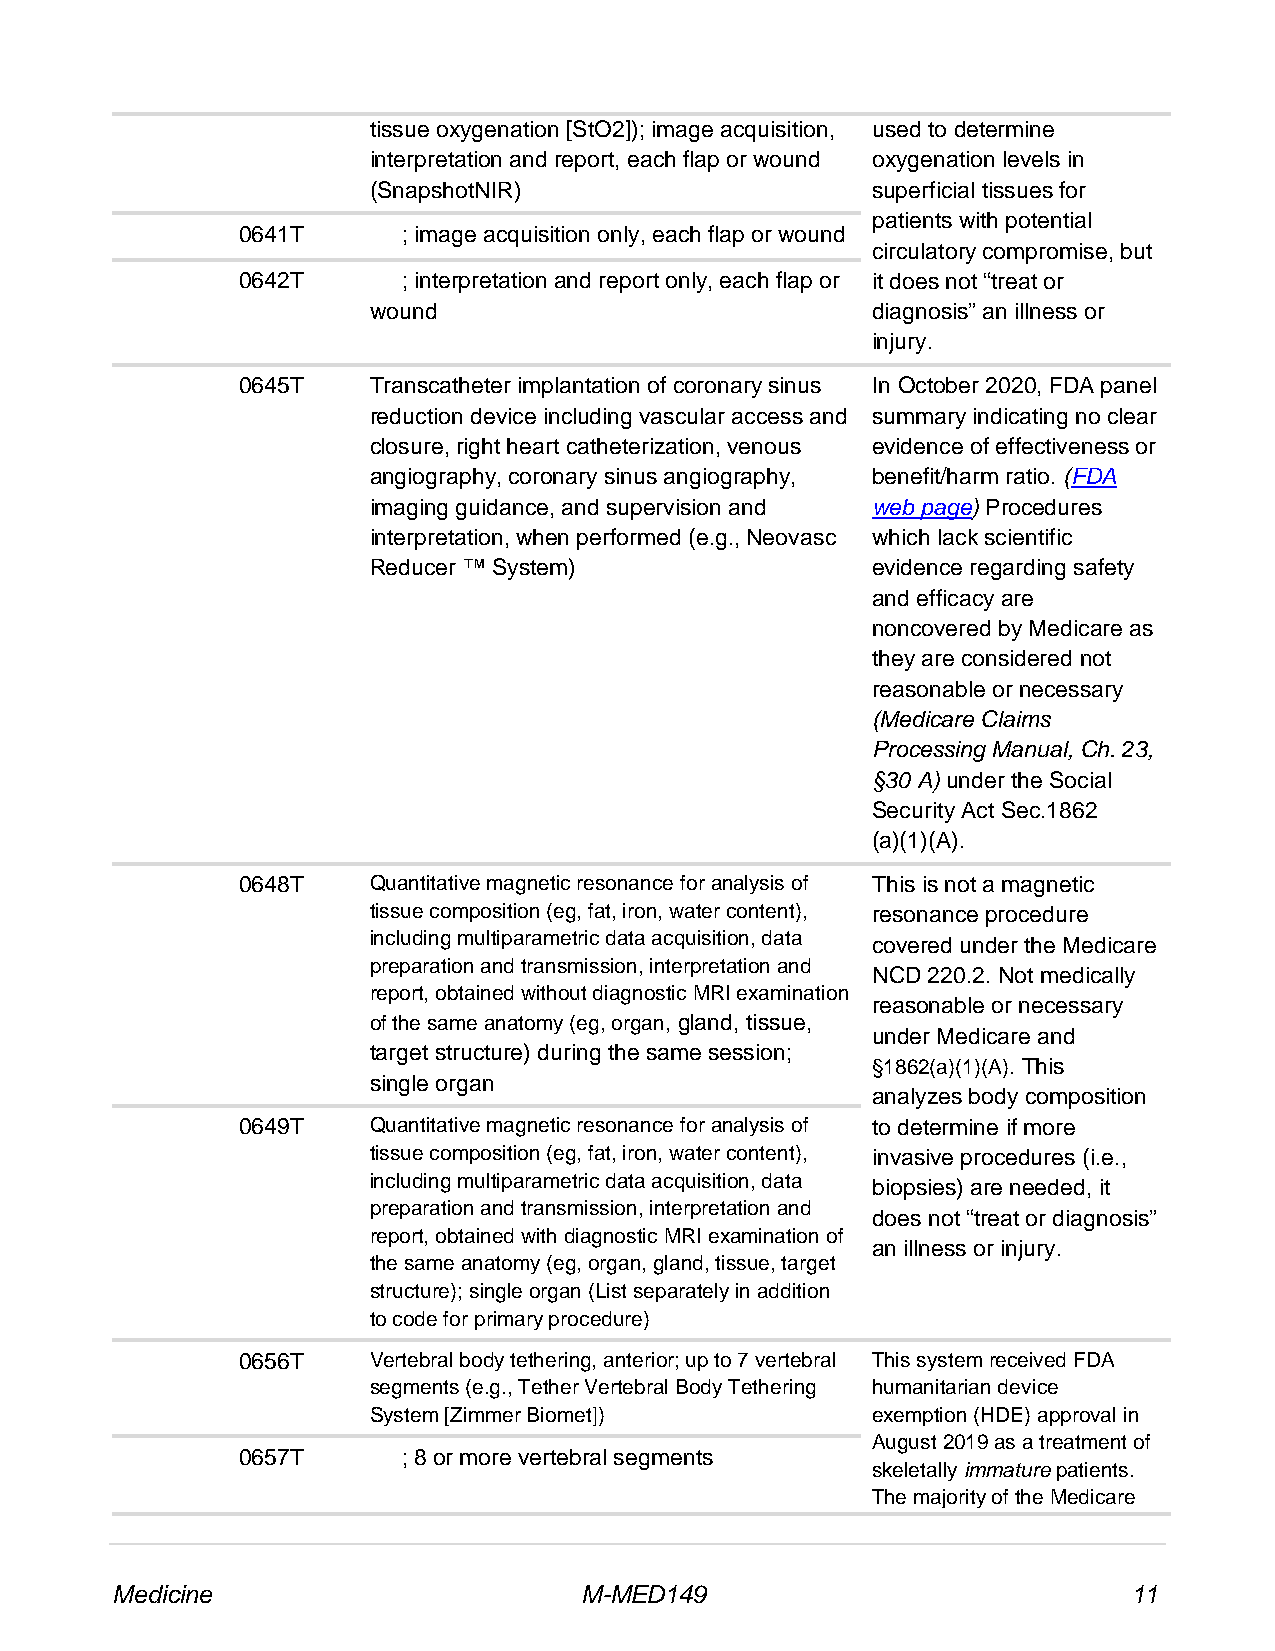
tissue oxygenation [StO2]); image acquisition, used to determine
 interpretation and report, each flap or wound oxygenation levels in
 (SnapshotNIR)                     superficial tissues for
 patients with potential
 0641T      ; image acquisition only, each flap or wound
 circulatory compromise, but
 0642T      ; interpretation and report only, each flap or it does not “treat or
 wound                             diagnosis” an illness or
 injury.
 0645T   Transcatheter implantation of coronary sinus In October 2020, FDA panel
 reduction device including vascular access and summary indicating no clear
 closure, right heart catheterization, venous evidence of effectiveness or
 angiography, coronary sinus angiography, benefit/harm ratio. (FDA
 imaging guidance, and supervision and web page) Procedures
 interpretation, when performed (e.g., Neovasc which lack scientific
 Reducer ™ System)                 evidence regarding safety
 and efficacy are
 noncovered by Medicare as
 they are considered not
 reasonable or necessary
 (Medicare Claims
 Processing Manual, Ch. 23,
 §30 A) under the Social
 Security Act Sec.1862
 (a)(1)(A).
 0648T   Quantitative magnetic resonance for analysis of This is not a magnetic
 tissue composition (eg, fat, iron, water content), resonance procedure
 including multiparametric data acquisition, data covered under the Medicare
 preparation and transmission, interpretation and
 NCD 220.2. Not medically
 report, obtained without diagnostic MRI examination
 reasonable or necessary
 of the same anatomy (eg, organ, gland, tissue,
 under Medicare and
 target structure) during the same session;
 §1862(a)(1)(A). This
 single organ
 analyzes body composition
 0649T   Quantitative magnetic resonance for analysis of to determine if more
 tissue composition (eg, fat, iron, water content), invasive procedures (i.e.,
 including multiparametric data acquisition, data
 biopsies) are needed, it
 preparation and transmission, interpretation and
 does not “treat or diagnosis”
 report, obtained with diagnostic MRI examination of
 an illness or injury.
 the same anatomy (eg, organ, gland, tissue, target
 structure); single organ (List separately in addition
 to code for primary procedure)
 0656T   Vertebral body tethering, anterior; up to 7 vertebral This system received FDA
 segments (e.g., Tether Vertebral Body Tethering humanitarian device
 System [Zimmer Biomet])           exemption (HDE) approval in
 August 2019 as a treatment of
 0657T      ; 8 or more vertebral segments
 skeletally immature patients.
 The majority of the Medicare
 Medicine                       M-MED149                             11